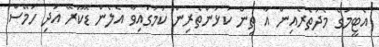
އެޓީމުގެ މެދުތެރެއިން އާ ތިން ކުޅުންތެރިން ކަމުގައިވާ އެލެން ޑޮކޫރޭ އަދި ހަމޭސް